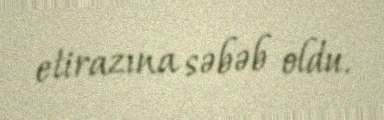
etirazına səbəb oldu.